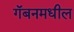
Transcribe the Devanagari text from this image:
गॅबनमधील